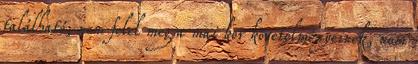
található, nem felel meg a mai kor követelményeinek, nem